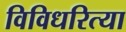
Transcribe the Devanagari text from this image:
विविधरित्या